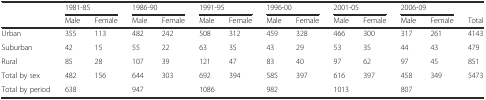
|  | <COLSPAN=2> 1981-85 | <COLSPAN=2> 1986-90 | <COLSPAN=2> 1991-95 | <COLSPAN=2> 1996-00 | <COLSPAN=2> 2001-05 | <COLSPAN=2> 2006-09 |  |
 |  | Male | Female | Male | Female | Male | Female | Male | Female | Male | Female | Male | Female | Total |
 | --- | --- | --- | --- | --- | --- | --- | --- | --- | --- | --- | --- | --- | --- |
 | Urban | 355 | 113 | 482 | 242 | 508 | 312 | 459 | 328 | 466 | 300 | 317 | 261 | 4143 |
 | Suburban | 42 | 15 | 55 | 22 | 63 | 35 | 43 | 29 | 53 | 35 | 44 | 43 | 479 |
 | Rural | 85 | 28 | 107 | 39 | 121 | 47 | 83 | 40 | 97 | 62 | 97 | 45 | 851 |
 | Total by sex | 482 | 156 | 644 | 303 | 692 | 394 | 585 | 397 | 616 | 397 | 458 | 349 | 5473 |
 | Total by period | <COLSPAN=2> 638 | <COLSPAN=2> 947 | <COLSPAN=2> 1086 | <COLSPAN=2> 982 | <COLSPAN=2> 1013 | <COLSPAN=2> 807 |  |